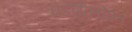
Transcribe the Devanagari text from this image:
घडणीसोबत